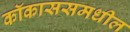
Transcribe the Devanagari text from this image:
कॉकाससमधील